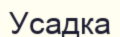
Усадка